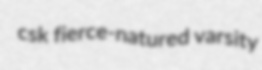
csk fierce-natured varsity